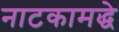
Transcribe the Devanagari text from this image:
नाटकामद्धे